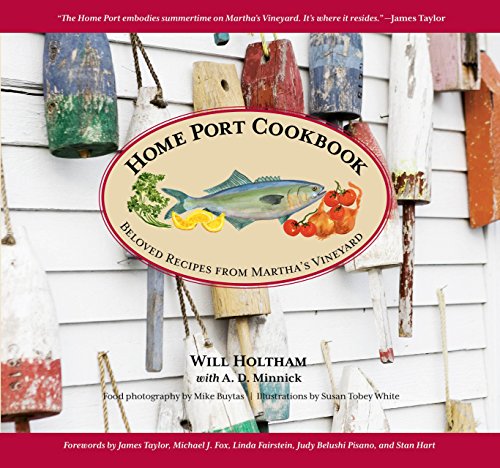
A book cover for Home Port Cookbook: Beloved Recipes From Martha's Vineyard; Will Holtham; Cookbooks, Food & Wine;